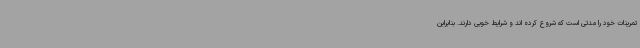
تمرینات خود را مدتی است که شروع کرده اند و شرایط خوبی دارند. بنابراین